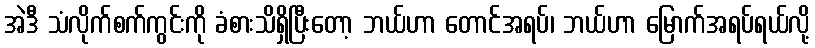
အဲဒီ သံလိုက်စက်ကွင်းကို ခံစားသိရှိပြီးတော့ ဘယ်ဟာ တောင်အရပ်၊ ဘယ်ဟာ မြောက်အရပ်ရယ်လို့